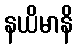
နယိမာနိ